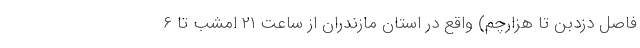
فاصل دزدبن تا هزارچم) واقع در استان مازندران از ساعت ۲۱ امشب تا ۶